Bréfritari: Guttormur Þorsteinsson
Viðtakandi: Halldór Jónsson
Dagsetning: A-1870-02-07
Skrifað á: Krossavík, Vopnafirði

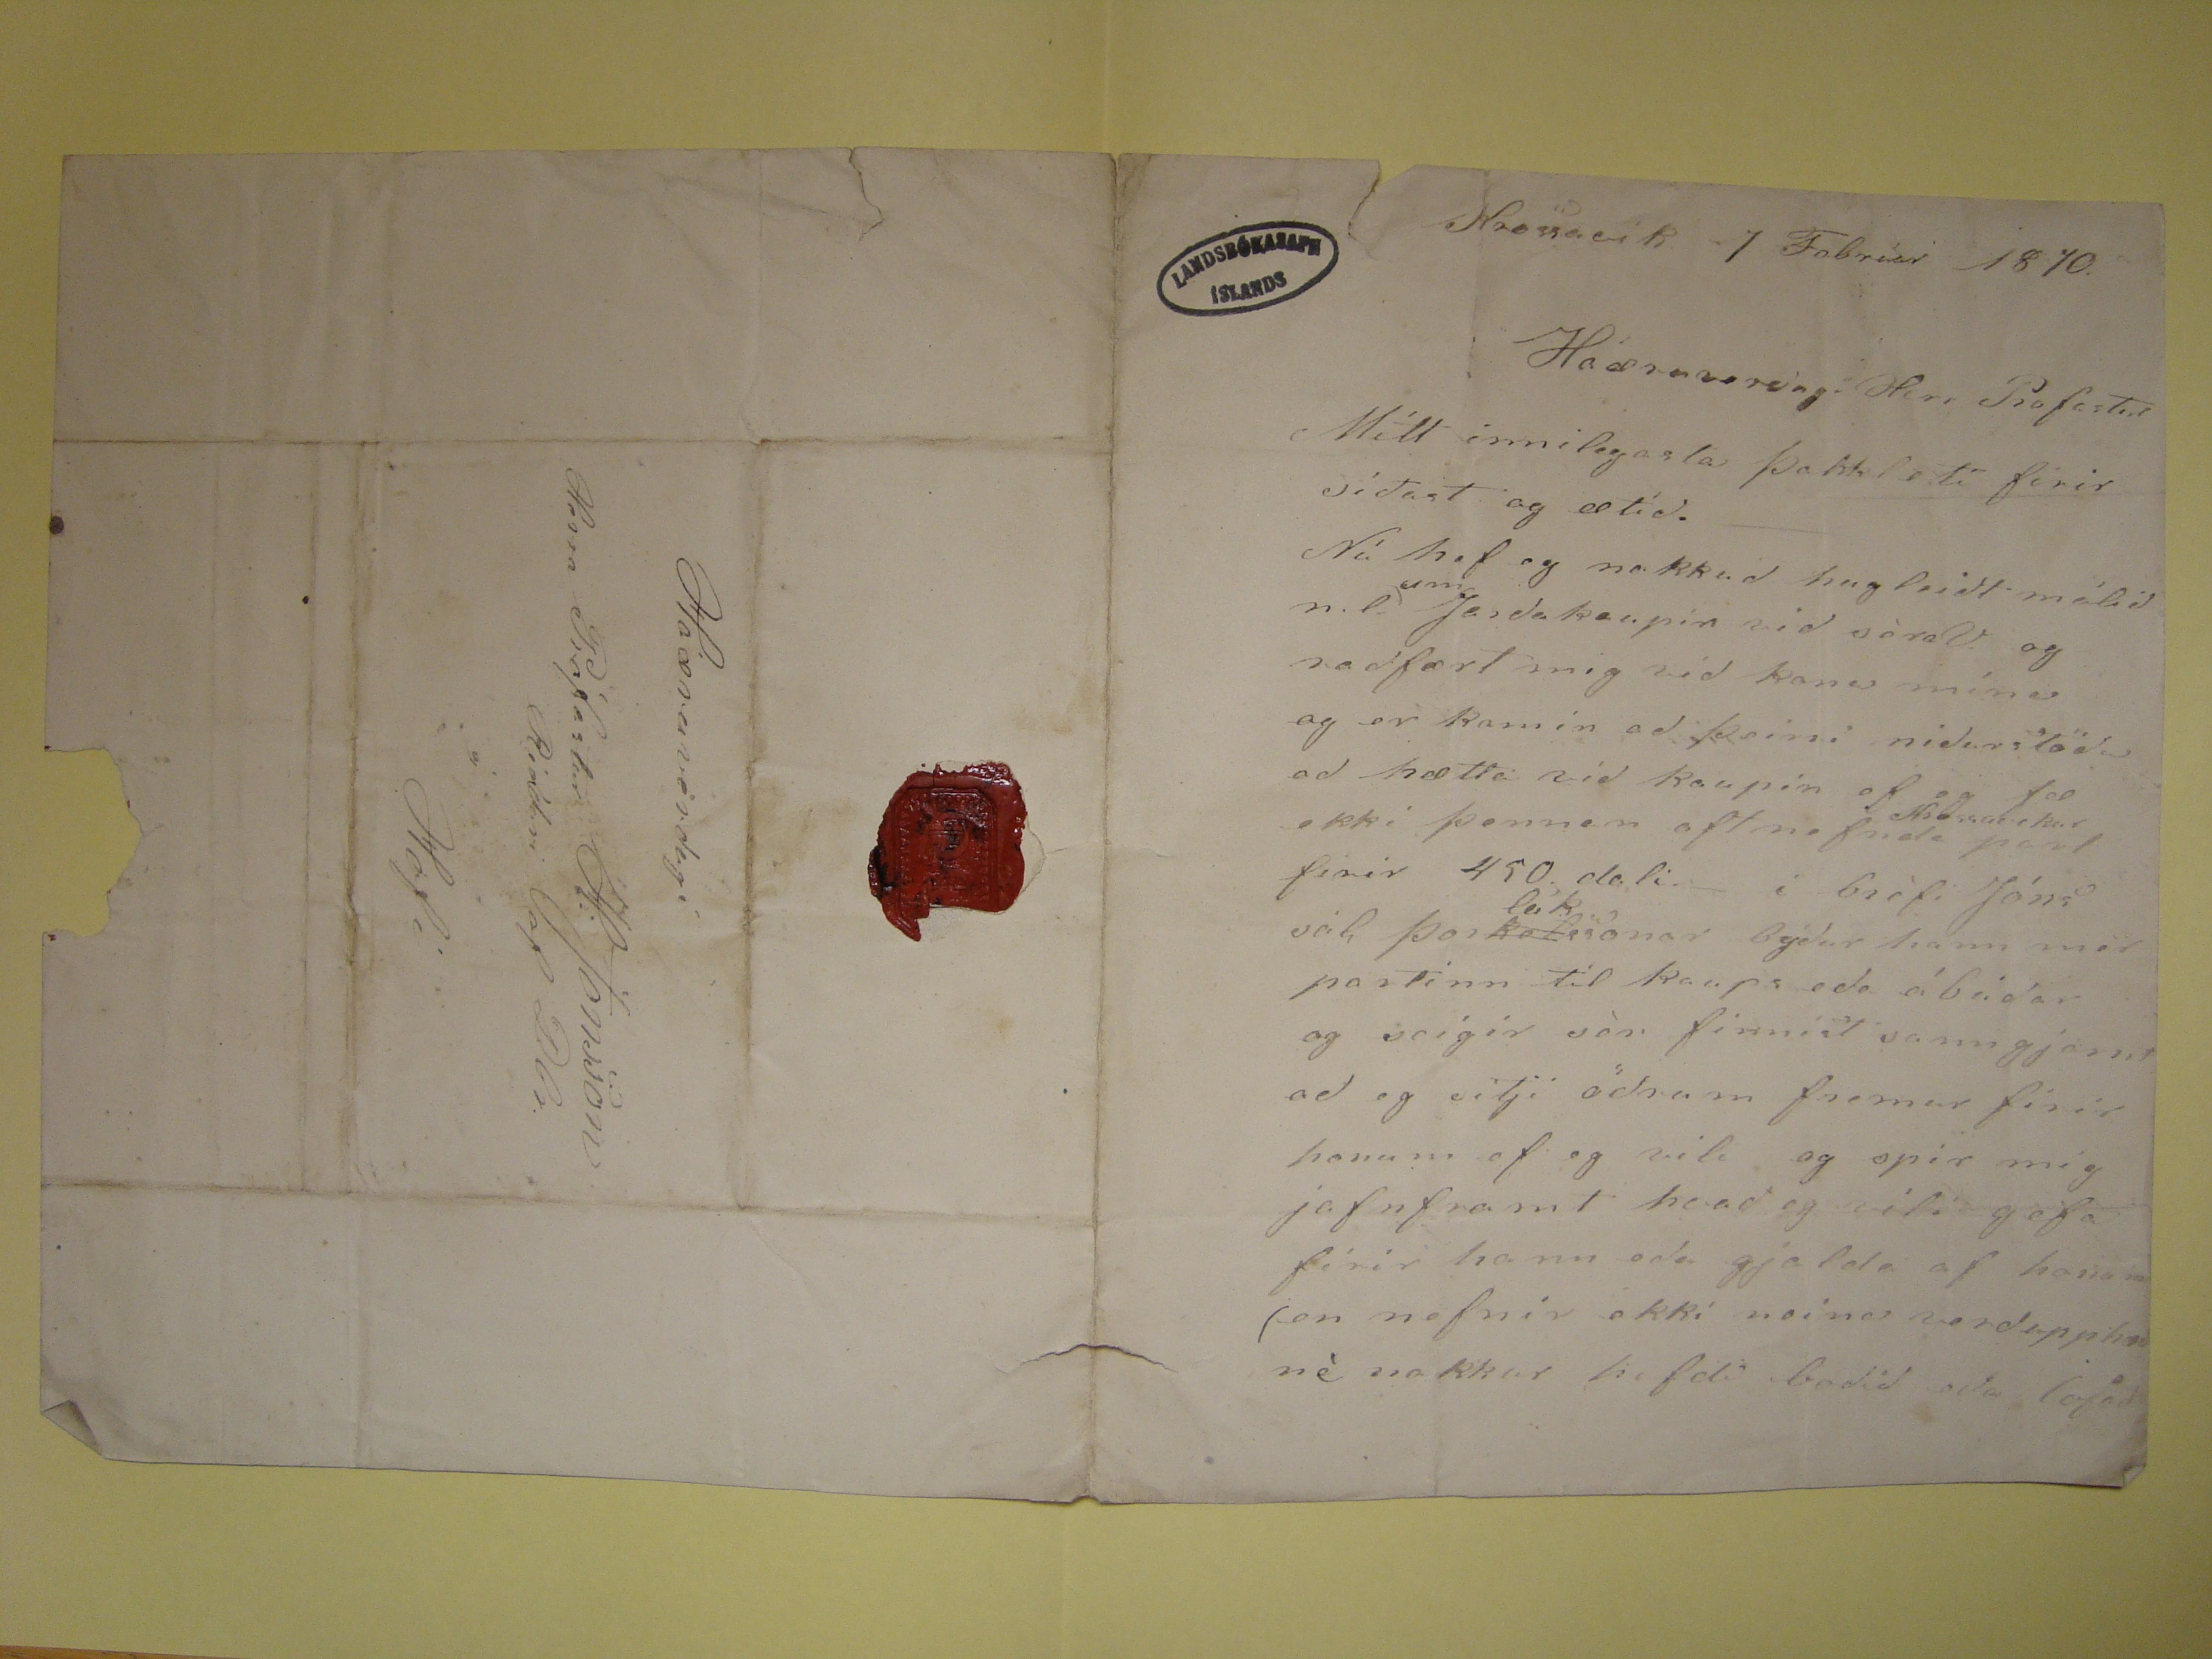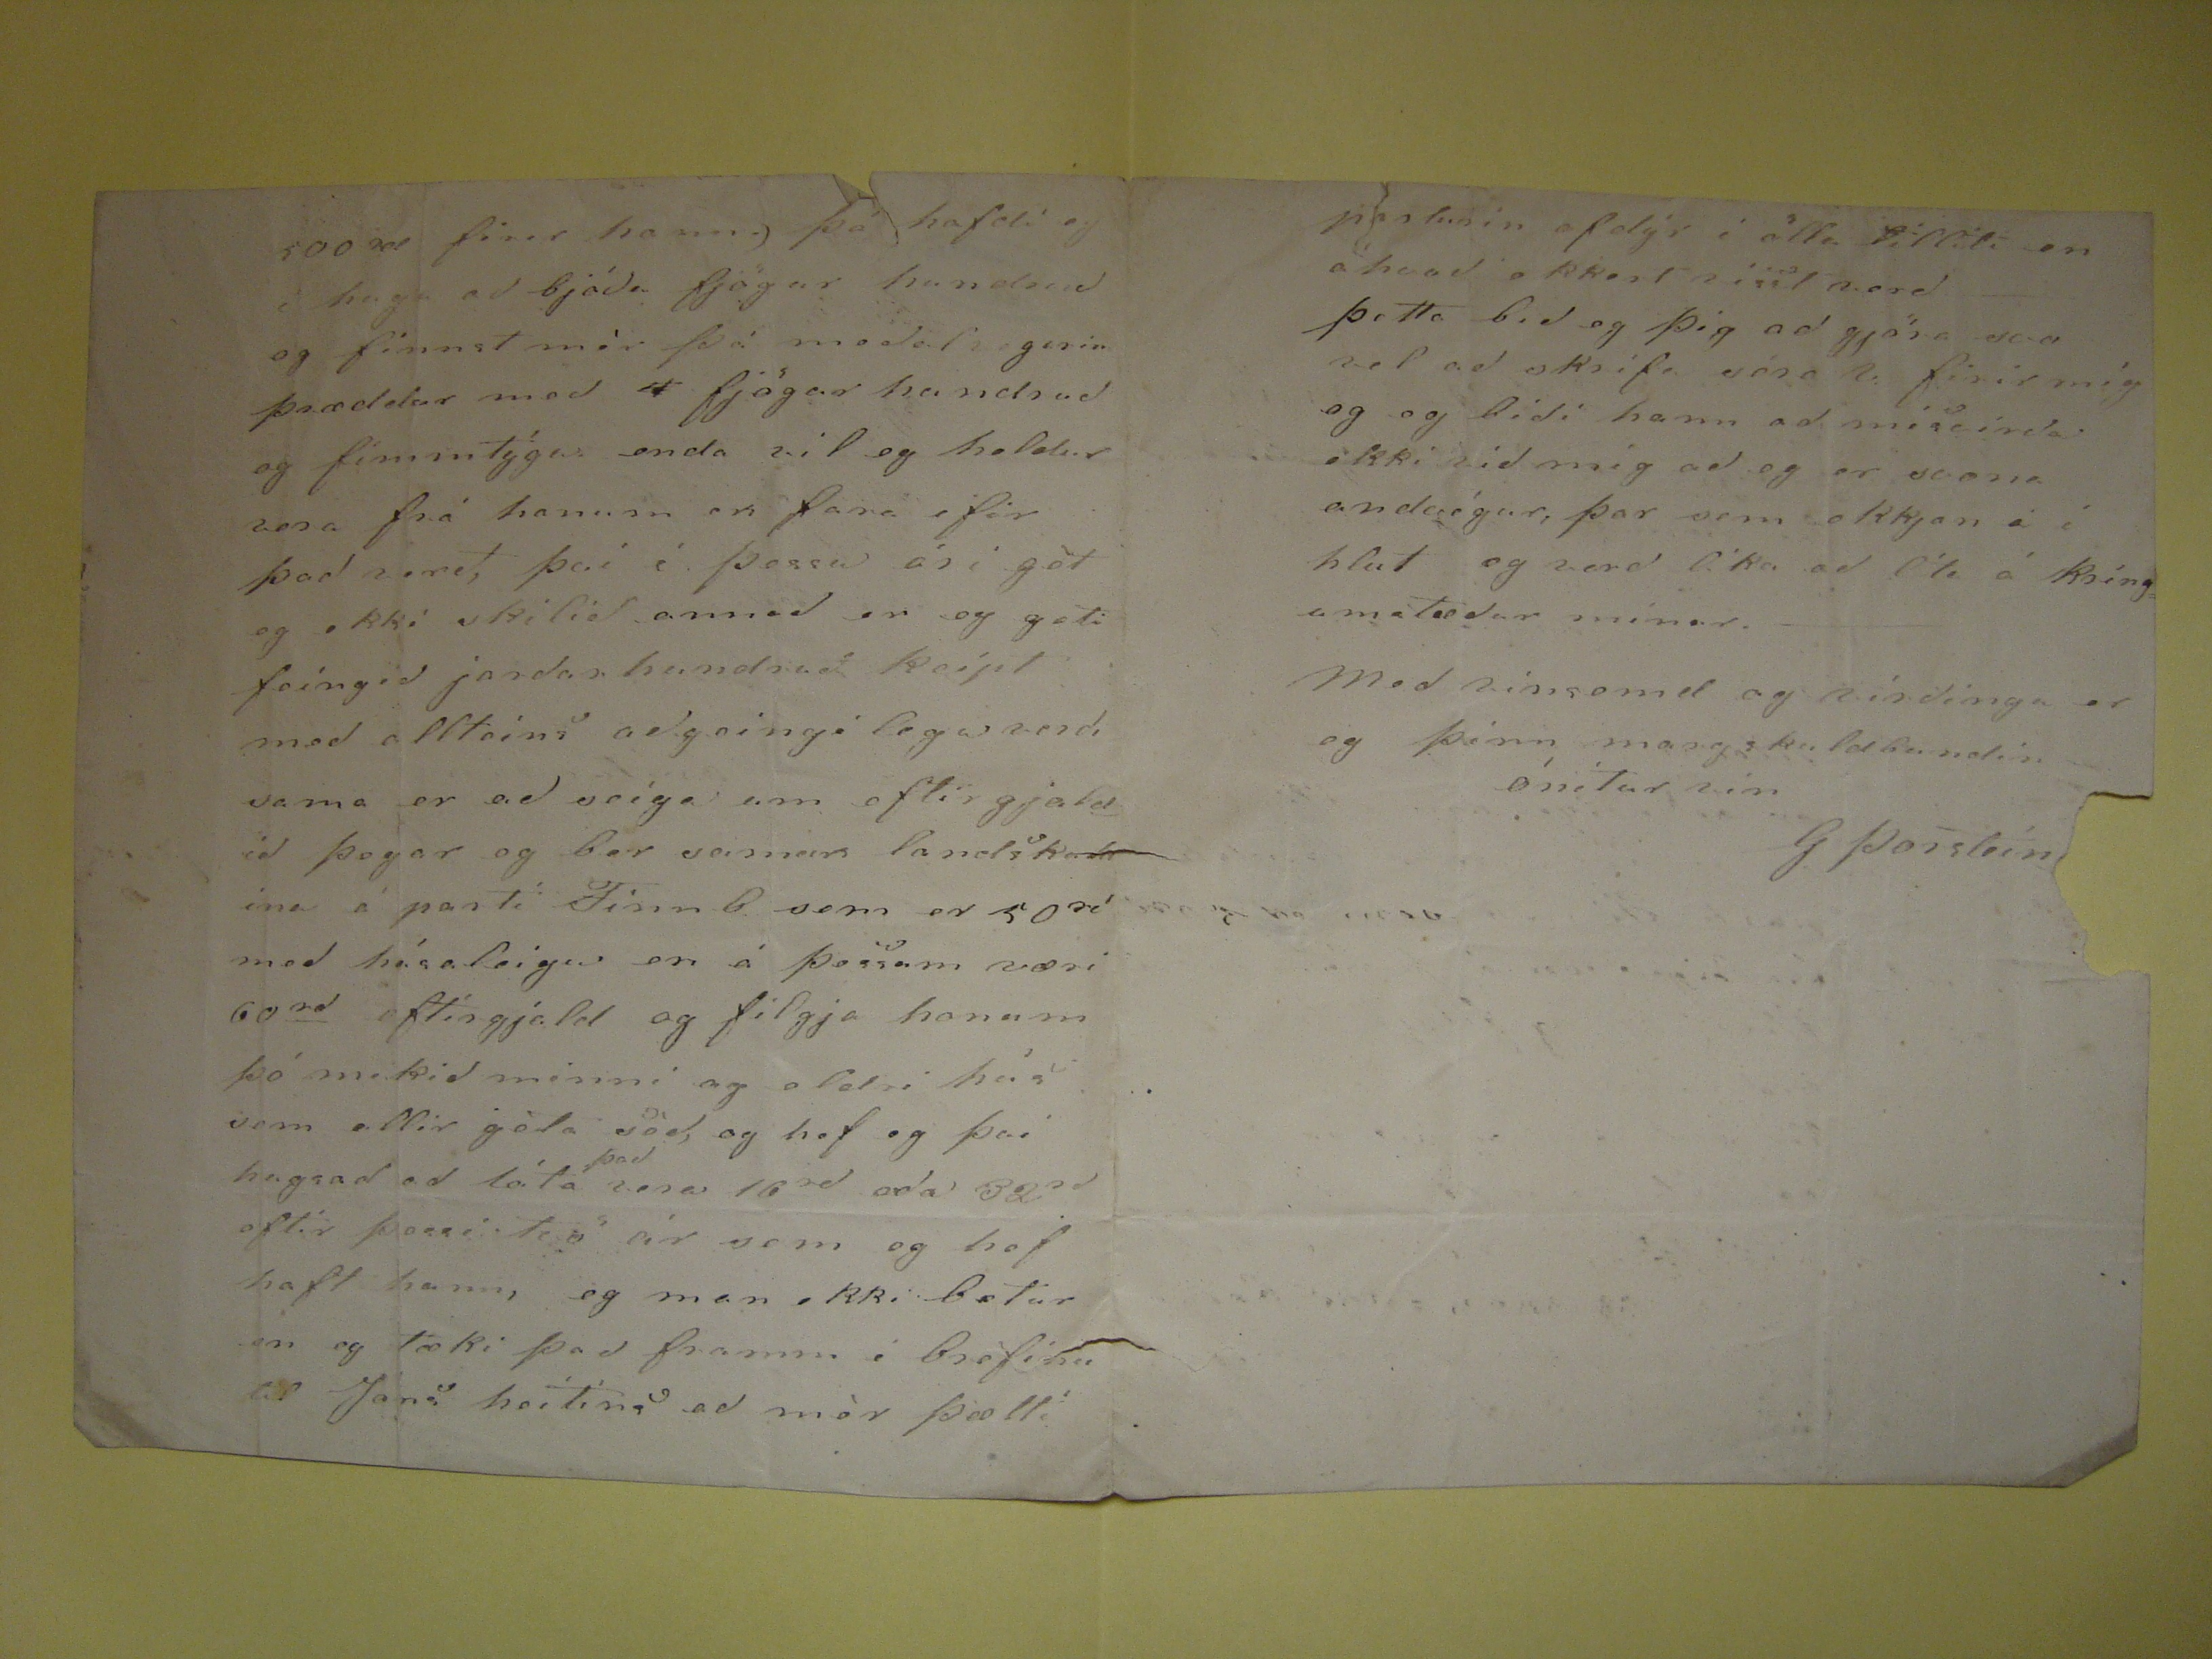

Krossavík 7 Febrúar 1870
Háæruverðugi Herr Profastur
Mitt innilegasta þakklæti firir síðast og ætíð. Nú hef eg nokkuð hugleiðt málið
nil
n.l.
Jardakaupin við sóraV. og radfært mig við konu mína og er komin að þeirri niðurstöðu að hætta við kaupin ef eg fæ ekki þennan oft nefnda
place="supralinear">Krossavekur
part firir 450 dali- í bréfi Jóns sál Þor
kol
place="supralinear">leik
ssonar býður hann mér partinn til kaups eða ábúðar og seigir sér finnist sanngjarnt að eg sitji öðrum fremur firir honum ef eg vili
og spir mig jafnframt hvað eg vili gjefa firir hann eða gjalda af honum (en nefnir ekki neina verðupphæð né nokkur hefdi boðið eða lofað
500 rd firir hann.) þó hafdi eg i huga að bjóða fjögur hundruð og finnst mér þá meðal gerin þræddur með
4
fjögur hundruð og fimmtýgu enda vil eg heldur vera frá honum en fara ifir það verð, því í þessu ári get eg ekki skilið annað en eg geti feingið jardarhundrað keipt
með allteins aðgeingi lega verdi sama er að seiga um eftir gjaldið þegar og ber saman landskuldina á parti Finnb. sem er 50
rd
með
húsaleigu en á þessum væri 60
rd
eftirgjald og filgja honum þó mikið minni og aldri hús sem allir
géta séð
, og hef eg því hugsað að láta
það
vera 16
rd
eða
32
rd
eftir þessi tvö ár sem eg hef haft hann, eg man ekki betur en eg tæki það framm í bréfinu til Jons heitins að mér þætti
parturinn ofdýr í alla tilliti en áhvað ekkert
visit verð
þetta bið eg þig að gjöra svo vel að skrifa séra V. firir mig og og biði hann að
misvirda ekki við mig að eg er svona andvígur, þar sem ekkjan á í hlut og verð líka að líta á kríngumstæður mínar.
Með vinsemd og virðingu er eg þinn margskuldbundin ónítur vin
G Þorstein
??
Háæruverdugi
Herra Prófastur H: Jónsson
Riddari af Dbr.
á
Hofi